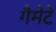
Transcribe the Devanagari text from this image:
गैमेटे